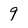
Character: 9